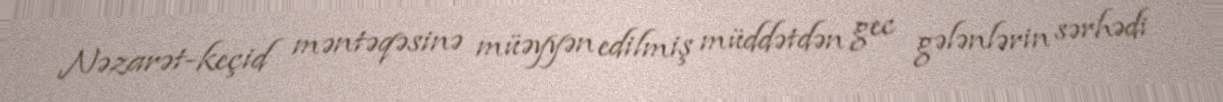
Nəzarət-keçid məntəqəsinə müəyyən edilmiş müddətdən gec gələnlərin sərhədi